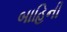
બાહિની